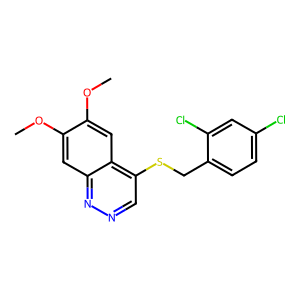
SMILES: COc1cc2nncc(SCc3ccc(Cl)cc3Cl)c2cc1OC
Inhibits HIV replication: No